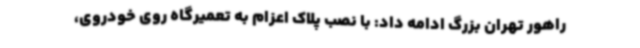
راهور تهران بزرگ ادامه داد: با نصب پلاک اعزام به تعمیرگاه روی خودروی،